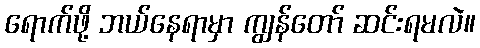
ရောက်ဖို့ ဘယ်နေရာမှာ ကျွန်တော် ဆင်းရမလဲ။